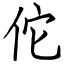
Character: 佗